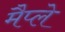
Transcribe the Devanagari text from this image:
मैप्ले